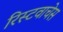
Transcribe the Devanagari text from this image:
रिस्टवाचेस